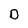
Character: D